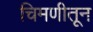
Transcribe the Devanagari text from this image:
चिमणीतून